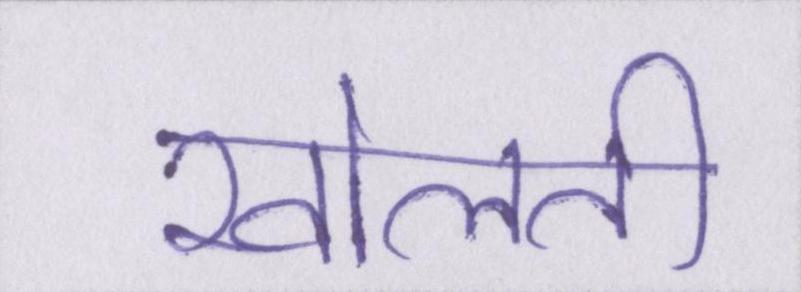
खोलती